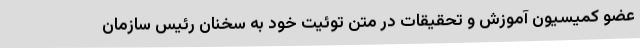
عضو کمیسیون آموزش و تحقیقات در متن توئیت خود به سخنان رئیس سازمان